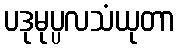
ပဒုမုပ္ပလသံယုတာ